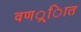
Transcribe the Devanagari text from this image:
वणर््िात